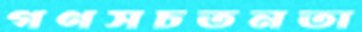
গণসচতনতা